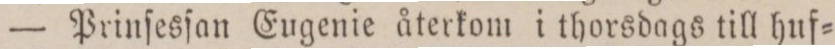
— Prinſesſan Eugenie återkom i thorsdags till huf=